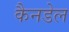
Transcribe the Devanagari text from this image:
कैनडेल